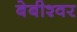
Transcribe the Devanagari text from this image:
बेबीश्वर